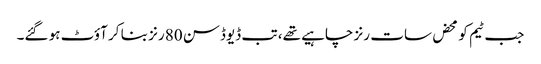
جب ٹیم کو محض سات رنز چاہیے تھے، تب ڈیوڈسن 80 رنز بنا کر آؤٹ ہو گئے۔